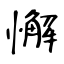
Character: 懈